Report of the Indian Hemp Drugs Commission, 1894-1895 - Volume II
Year: 1894
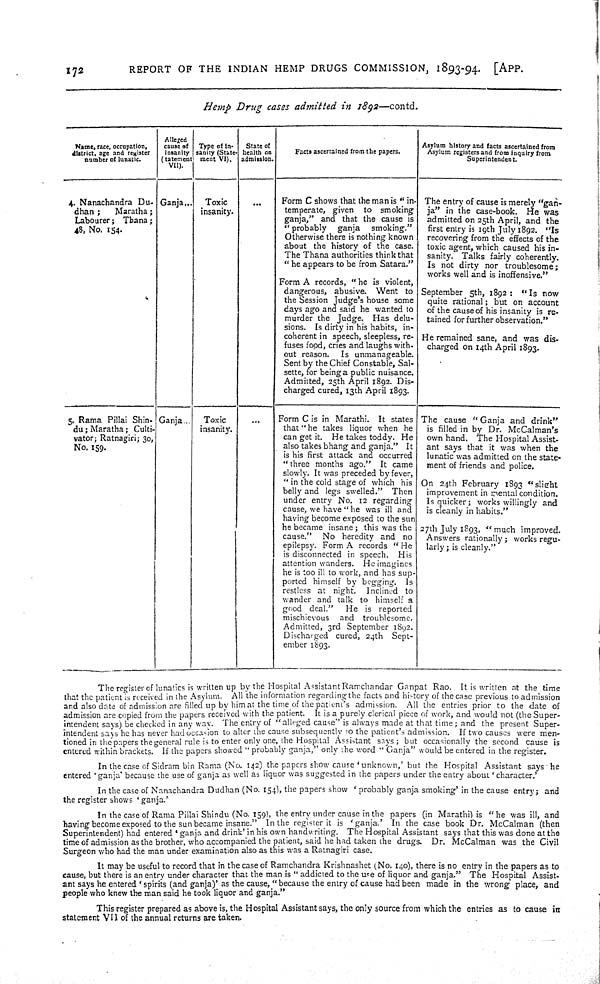
172
REPORT OF THE INDIAN HEMP DRUGS COMMISSION, 1893-94. [APP.
Hemp Drug cases admitted in 1892—contd.
Name, race, occupation,
district, age and register
cumber of lunatic.
Alleged
cause of
insanity
Statement
VII).
Type of In-
sanity (State-
ment VI).
State of
health on
admission.
Facts ascertained from the papers.
Asylum history and facts ascertained from
Asylum registers and from inquiry from
Superintendent.
4. Nanachandra Du-
dhan;
Maratha;
Labourer; Thana;
48, No. 154.
Ganja
Toxic
insanity.
Form C shows that the man is " in-
temperate, given to smoking
ganja," and that the cause is
" probably
ganja
smoking."
Otherwise there is nothing known
about the history of the case.
The Thana authorities think that
" he appears to be from Satara."
Form A records, " he is violent,
dangerous, abusive. Went to
the Session Judge's house some
days ago and said he wanted to
murder the Judge. Has delu-
sions. Is dirty in his habits, in-
coherent in speech, sleepless, re-
fuses food, cries and laughs with-
out reason.
Is unmanageable.
Sent by the Chief Constable, Sal-
sette, for being a public nuisance.
Admitted, 25th April 1892. Dis-
charged cured, 13th April 1893.
The entry of cause is merely "gan-
ja" in the case-book. He was
admitted on 25th April, and the
first entry is 19th July 1892. "Is
recovering from the effects of the
toxic agent, which caused his in-
sanity. Talks fairly coherently.
Is not dirty nor troublesome;
works well and is inoffensive."
September 5th, 1892: " Is now
quite rational; but on account
of the cause of his insanity is re-
tained for further observation."
He remained sane, and was dis-
charged on 14th April 1893.
5. Rama Pillai Shin-
du; Maratha; Culti-
vator; Ratnagiri; 30,
No. 159.
Ganja
Toxic
insanity.
Form C is in Marathi. It states
that "he takes liquor when he
can get it. He takes toddy. He
also takes bhang and ganja." It
is his first attack and occurred
" three months ago." It came
slowly. It was preceded by fever,
" in the cold stage of which his
belly and legs swelled." Then
under entry No. 12 regarding
cause, we have " he was ill and
having become exposed to the sun
he became insane; this was the
cause."
No heredity and no
epilepsy. Form A records "He
is disconnected in speech. His
attention wanders. He imagines
he is too ill to work, and has sup-
ported himself by begging. Is
restless at night.
Inclined to
wander and talk to himself a
good deal."
He is reported
mischievous
and troublesome.
Admitted, 3rd September 1892.
Discharged cured, 24th Sept-
ember 1893.
The cause " Ganja and drink"
is filled in by Dr. McCalman's
own hand. The Hospital Assist-
ant says that it was when the
lunatic was admitted on the state-
ment of friends and police.
On 24th February 1893 "slight
improvement in mental condition.
Is quicker; works willingly and
is cleanly in habits."
27th July 1893, "much improved.
Answers rationally; works regu-
larly; is cleanly."
The register of lunatics is written up by the Hospital Assistant Ramchandar Ganpat Rao. It is writlen at the time
that the patient is received in the Asylum. All "the information regarding-the facts and hi-tory of the case previous to admission
and also date of admission are filled up by him at the time of the patient's admission. All the entries prior to the date of
admission are copied from the papers received with the patient. It is a purely clerical piece of work, and would not (the Super-
intendent says) be checked in any way. The entry of "alleged cause" is always made at that time; and the present Super-
intendent says he has never had occasion to alter the cause subsequently to the patient's admission. If two causes were men-
tioned in the papers the general rule is to enter only one, the Hospital Assistant says; but occasionally the second cause is
entered within brackets. If the papers showed " probably ganja," only the word " Ganja" would be entered in the register.
In the case of Sidram bin Rama (No. 142) the papers show cause 'unknown,' but the Hospital Assistant says he
entered 'ganja' because the use of ganja as well as liquor was suggested in the papers under the entry about 'character.'
In the case of Nanachandra Dudhan (No. 154), the papers show
probably ganja smoking' in the cause entry; and
the register shows ' ganja.'
In the case of Rama Pillai Shindu (No. 159), the entry under cause in the papers (in Marathi) is "he was ill, and
having become exposed to the sun became insane." In the register it is 'ganja.' In the case book Dr. McCalman (then
Superintendent) had entered 'ganja and drink' in his own handwriting. The Hospital Assistant says that this was done at the
time of admission as the brother, who accompanied the patient, said he had taken the drugs. Dr. McCalman was the Civil
Surgeon who had the man under examination also as this was a Ratnagiri case.
It may be useful to record that in the case of Ramchandra Krishnashet (No. 140), there is no entry in the papers as to
cause, but there is an entry under character that the man is " addicied to the use of liquor and ganja." The Hospital Assist-
ant says he entered ' spirits (and ganja)' as the cause, " because the entry of cause had been made in the wrong place, and
people who knew the man said he took liquor and ganja."
This register prepared as above is, the Hospital Assistant says, the only source from which the entries as to cause in
statement VII of the annual returns are taken.